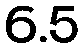
6.5